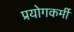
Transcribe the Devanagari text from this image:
प्रयोगकर्मी